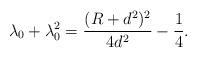
LaTeX: \begin{align*} \lambda_0 + \lambda_0^2 = \frac{(R+d^2)^2}{4d^2} - \dfrac{1}{4}.\end{align*}